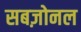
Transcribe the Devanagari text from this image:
सबज़ोनल